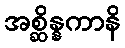
အစ္ဆိန္နကာနိ